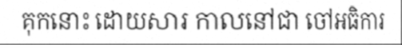
គុកនោះ ដោយសារ កាលនៅជា ចៅអធិការ